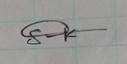
Signature authenticity: genuine